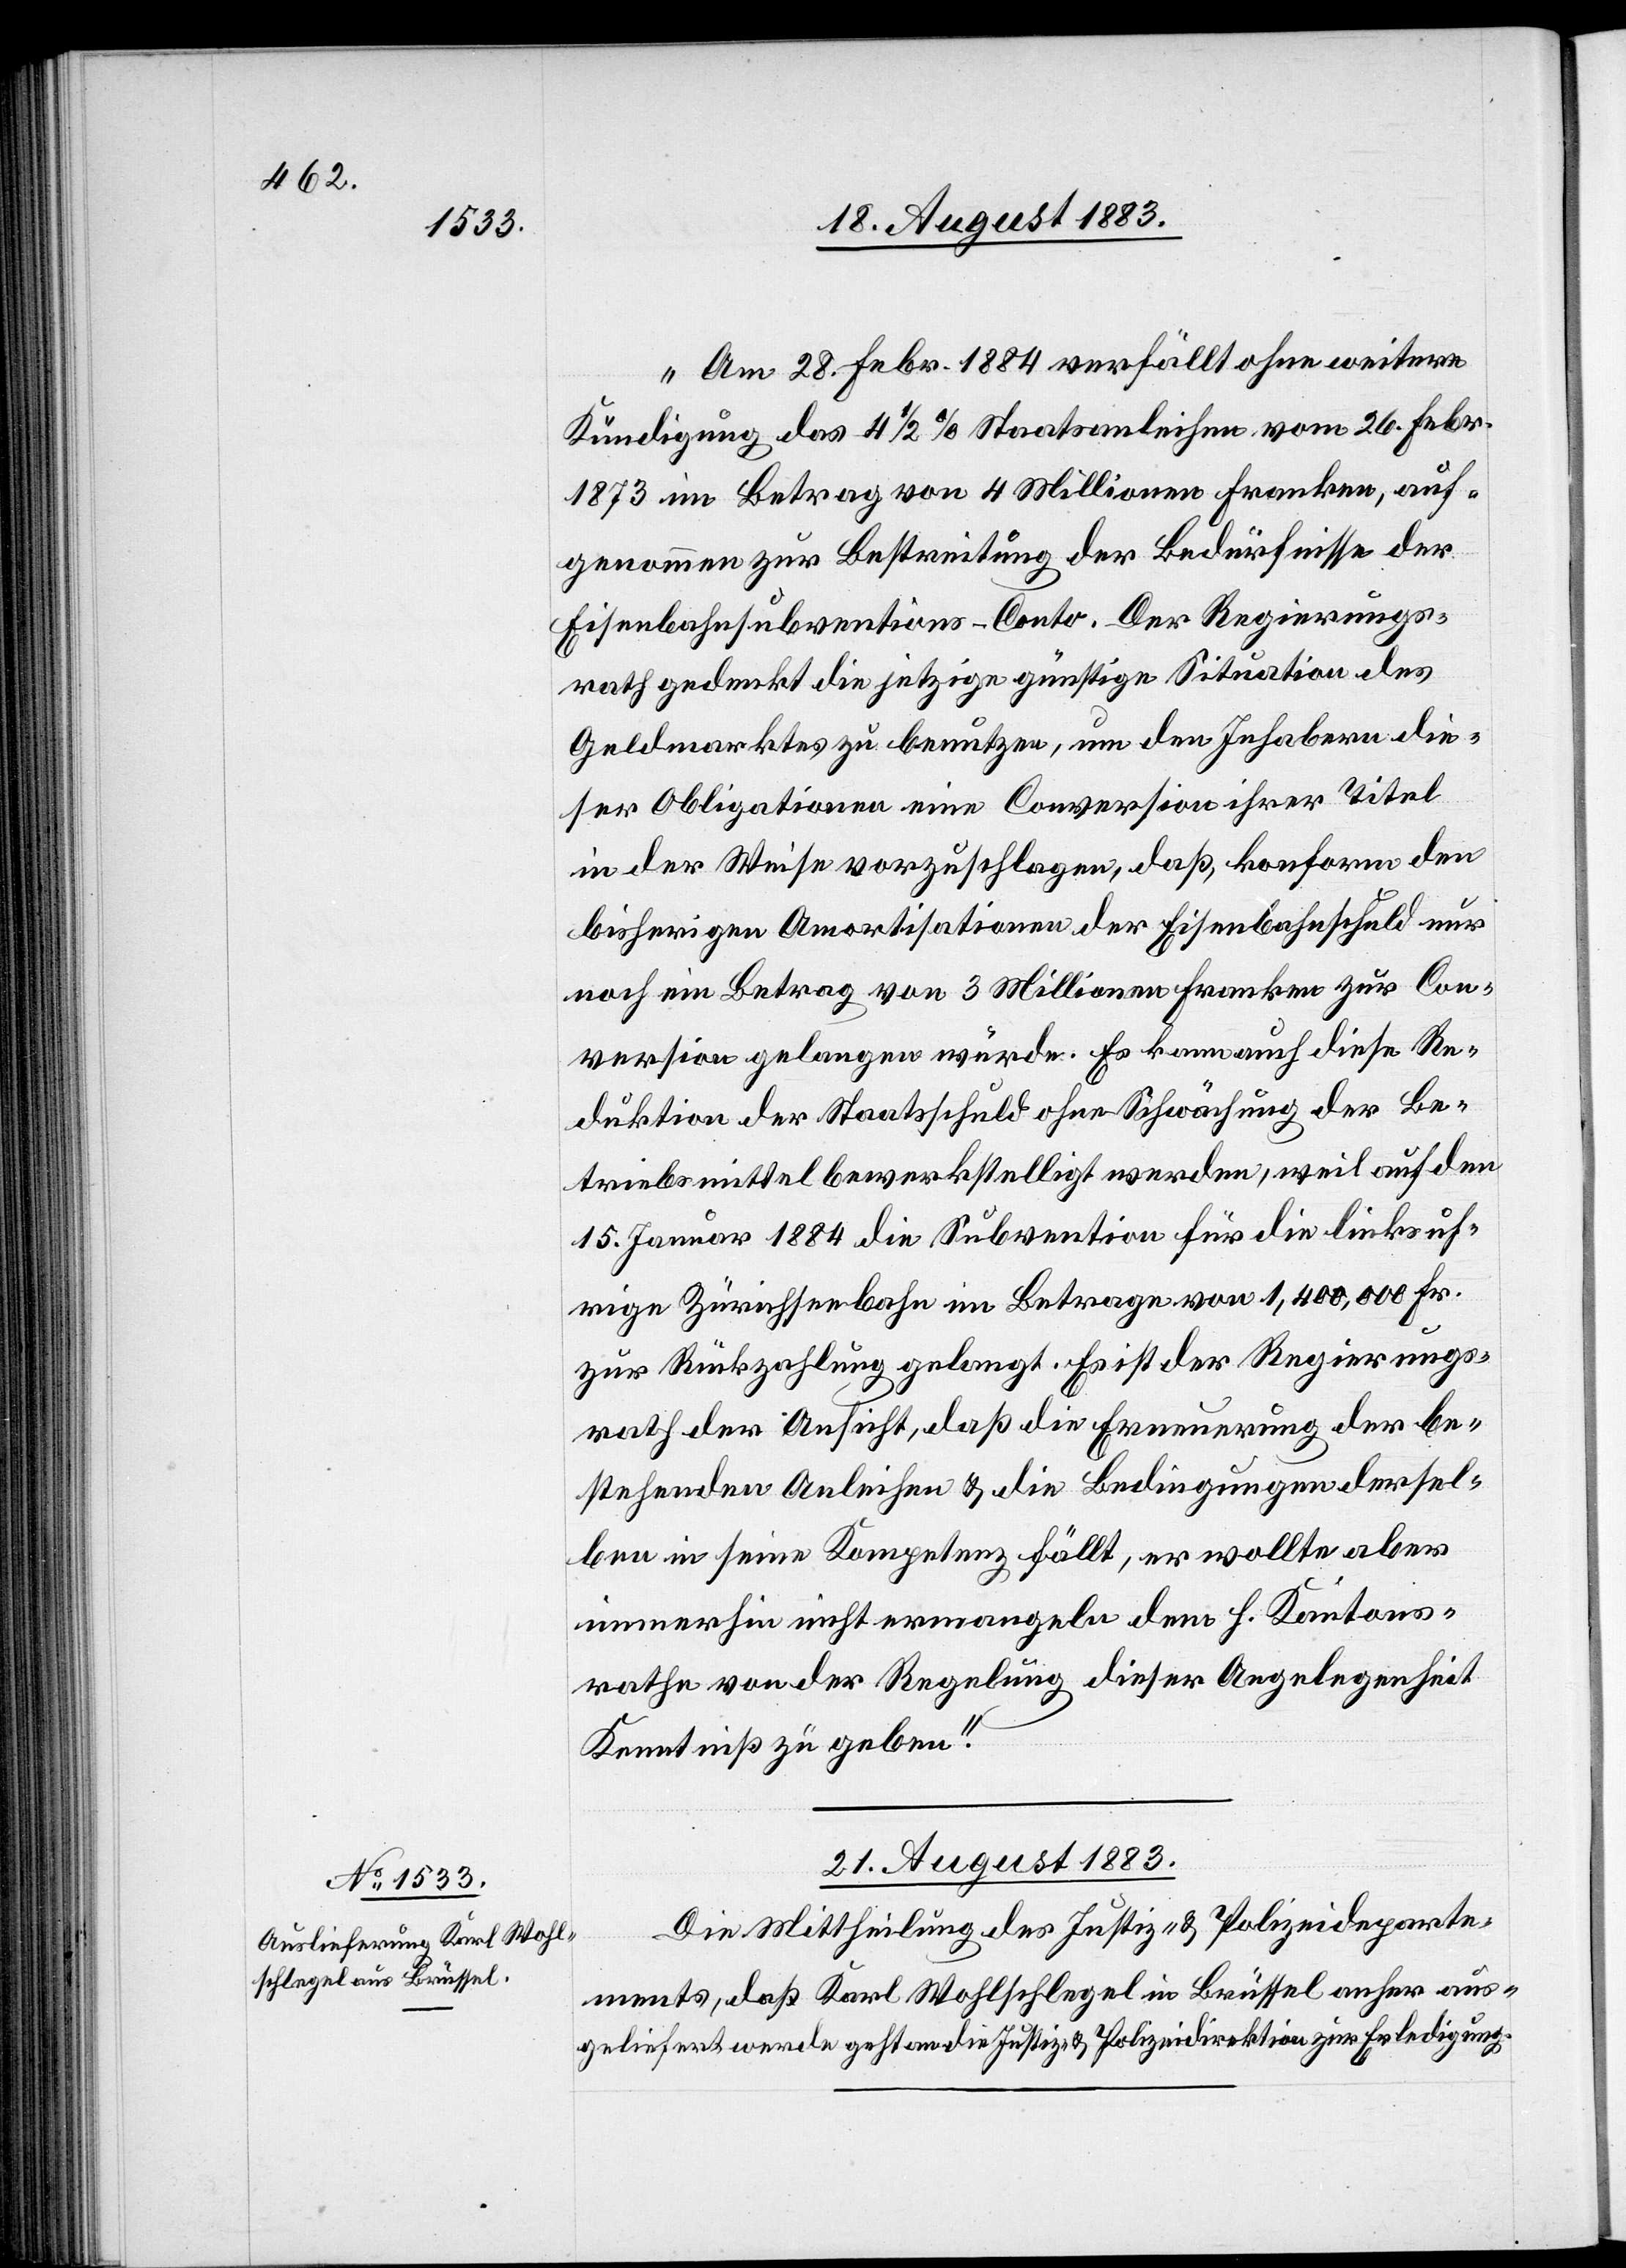
„Am 28. Febr. 1884 verfällt ohne weitere
Kündigung das 4 1/2% Staatsanleihen vom 26. Febr.
1873 im Betrag von 4 Millionen Franken, auf¬
genommen zur Bestreitung der Bedürfnisse des
Eisenbahnsubventions-Conto. Der Regierungs¬
rath gedenkt die jetzige günstige Situation des
Geldmarktes zu benutzen, um den Inhabern die¬
ser Obligationen eine Conversion ihrer Titel
in der Weise vorzuschlagen, daß, konform den
bisherigen Amortisationen der Eisenbahnschuld nur
noch ein Betrag von 3 Millionen Franken zur Con¬
version gelangen würde. Es kann auch diese Re¬
duktion der Staatsschuld ohne Schwächung der Be¬
triebsmittel bewerkstelligt werden, weil auf den
15. Januar 1884 die Subvention für die linksuf¬
rige Zürichseebahn im Betrage von 1,400,000 Fr.
zur Rückzahlung gelangt. Es ist der Regierungs¬
rath der Ansicht, daß die Erneuerung der be¬
stehenden Anleihen & die Bedingungen dersel¬
ben in seine Kompetenz fällt, er wollte aber
immerhin nicht ermangeln dem h. Kantons¬
rathe von der Regelung dieser Angelegenheit
Kenntniß zu geben.“
21. August 1883.
Die Mittheilung des Justiz- & Polizeideparte¬
ments, daß Karl Wohlschlegel in Brüssel anher aus¬
geliefert werde geht an die Justiz- & Polizeidirektion zur Erledigung.